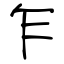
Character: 乍